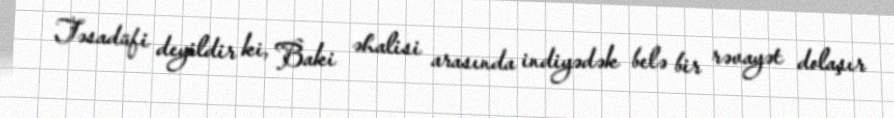
Təsadüfi deyildir ki, Baki əhalisi arasında indiyədək belə bir rəvayət dolaşır